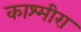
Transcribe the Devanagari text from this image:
काश्मीरा